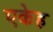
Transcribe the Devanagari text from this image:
एकेह